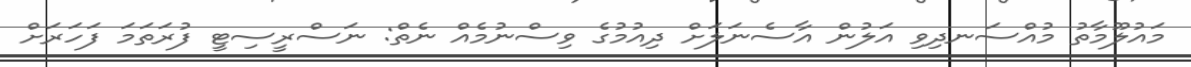
މައުލޫމާތު މުއްސަނދިވި އަލުން އާސެނަލަށް ދިއުމުގެ ވިސްނުމެއް ނެތް: ނަސްރީސިޓީ ފުރަތަމަ ފަހަރަށް